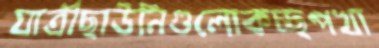
যাত্রীছাউনিগুলোকচ্ছপখা